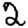
Digit: 2